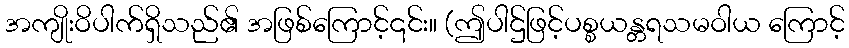
အကျိုးဝိပါက်ရှိသည်၏ အဖြစ်ကြောင့်၎င်း။ (ဤပါဌ်ဖြင့်ပစ္စယန္တရသမဝါယ ကြောင့်